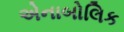
એનાબોલિક